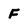
Character: F